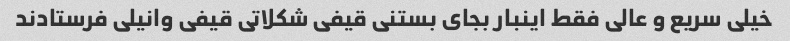
خیلی سریع و عالی فقط اینبار بجای بستنی قیفی شکلاتی قیفی وانیلی فرستادند